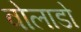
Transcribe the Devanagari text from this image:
वोलाडो